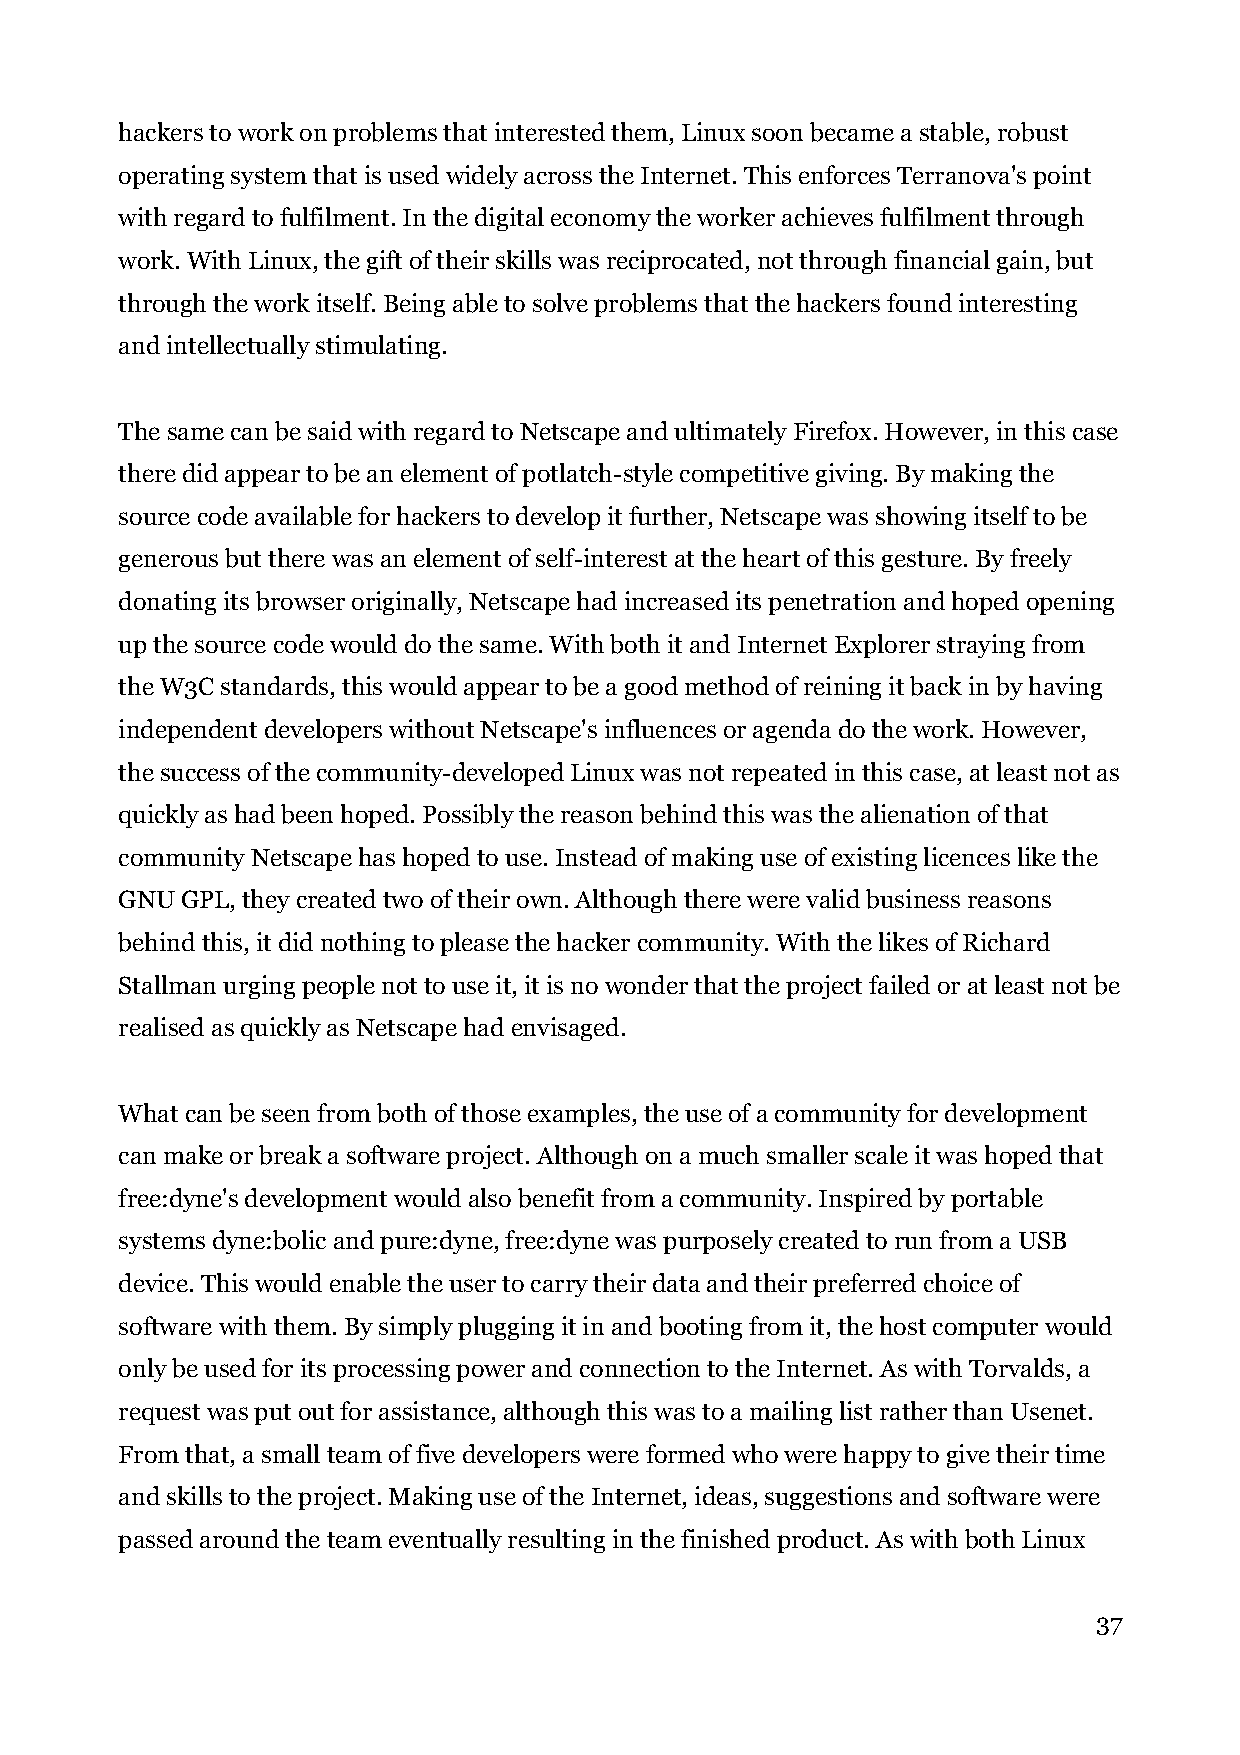
hackers to work on problems that interested them, Linux soon became a stable, robust
 operating system that is used widely across the Internet. This enforces Terranova's point
 with regard to fulfilment. In the digital economy the worker achieves fulfilment through
 work. With Linux, the gift of their skills was reciprocated, not through financial gain, but
 through the work itself. Being able to solve problems that the hackers found interesting
 and intellectually stimulating.
 The same can be said with regard to Netscape and ultimately Firefox. However, in this case
 there did appear to be an element of potlatch-style competitive giving. By making the
 source code available for hackers to develop it further, Netscape was showing itself to be
 generous but there was an element of self-interest at the heart of this gesture. By freely
 donating its browser originally, Netscape had increased its penetration and hoped opening
 up the source code would do the same. With both it and Internet Explorer straying from
 the W3C standards, this would appear to be a good method of reining it back in by having
 independent developers without Netscape's influences or agenda do the work. However,
 the success of the community-developed Linux was not repeated in this case, at least not as
 quickly as had been hoped. Possibly the reason behind this was the alienation of that
 community Netscape has hoped to use. Instead of making use of existing licences like the
 GNU GPL, they created two of their own. Although there were valid business reasons
 behind this, it did nothing to please the hacker community. With the likes of Richard
 Stallman urging people not to use it, it is no wonder that the project failed or at least not be
 realised as quickly as Netscape had envisaged.
 What can be seen from both of those examples, the use of a community for development
 can make or break a software project. Although on a much smaller scale it was hoped that
 free:dyne's development would also benefit from a community. Inspired by portable
 systems dyne:bolic and pure:dyne, free:dyne was purposely created to run from a USB
 device. This would enable the user to carry their data and their preferred choice of
 software with them. By simply plugging it in and booting from it, the host computer would
 only be used for its processing power and connection to the Internet. As with Torvalds, a
 request was put out for assistance, although this was to a mailing list rather than Usenet.
 From that, a small team of five developers were formed who were happy to give their time
 and skills to the project. Making use of the Internet, ideas, suggestions and software were
 passed around the team eventually resulting in the finished product. As with both Linux
 37